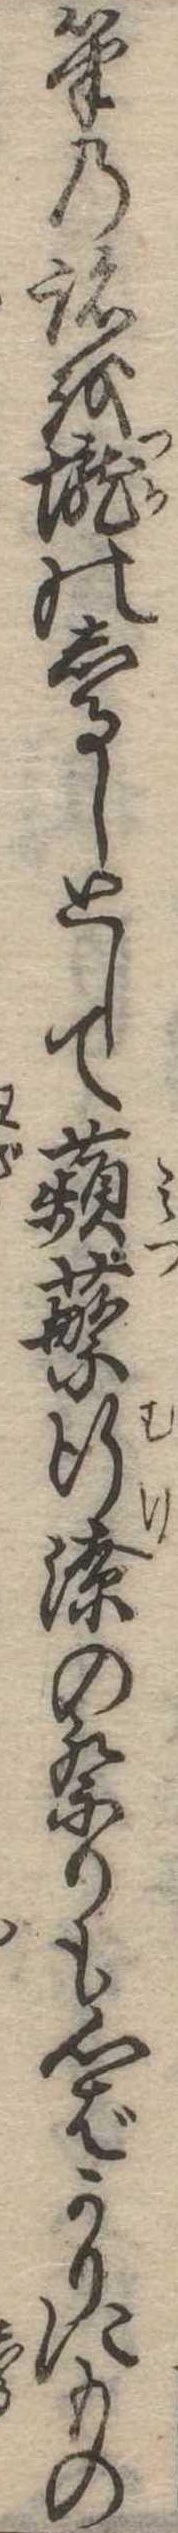
筆の跡を壟のしるしとして蘋行潦の祭りも心ばかりにもの